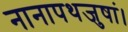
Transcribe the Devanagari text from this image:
नानापथजुषां।